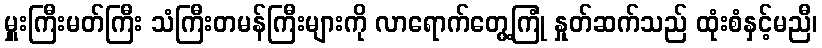
မှူးကြီးမတ်ကြီး သံကြီးတမန်ကြီးများကို လာရောက်တွေ့ကြုံ နှုတ်ဆက်သည် ထုံးစံနှင့်မညီ၊